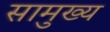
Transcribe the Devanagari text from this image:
सामुख्य